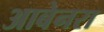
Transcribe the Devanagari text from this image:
आबेनरा